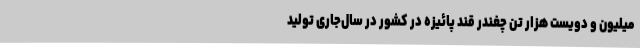
میلیون و دویست هزار تن چغندر قند پائیزه در کشور در سال‌جاری تولید